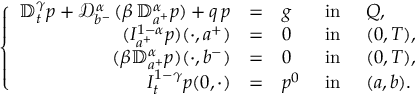
\left\{ \begin{array} { r l l l l l l l l l } { \mathbb { D } _ { t } ^ { \gamma } p + \displaystyle { \mathcal D } _ { b ^ { - } } ^ { \alpha } \, ( \beta \, { \mathbb D } _ { a ^ { + } } ^ { \alpha } p ) + q \, p } & { = } & { g } & { \mathrm { ~ i n ~ } } & { Q , } \\ { \displaystyle ( I _ { a ^ { + } } ^ { 1 - \alpha } p ) ( \cdot , a ^ { + } ) } & { = } & { 0 } & { \mathrm { ~ i n ~ } } & { ( 0 , T ) , } \\ { \displaystyle ( \beta { \mathbb D } _ { a ^ { + } } ^ { \alpha } p ) ( \cdot , b ^ { - } ) } & { = } & { 0 } & { \mathrm { ~ i n ~ } } & { ( 0 , T ) , } \\ { I _ { t } ^ { 1 - \gamma } p ( 0 , \cdot ) } & { = } & { p ^ { 0 } } & { \mathrm { ~ i n ~ } } & { ( a , b ) . } \end{array} \right.